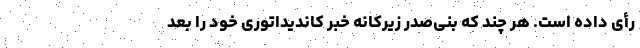
رأی داده است. هر چند که بنی‌صدر زیرکانه خبر کاندیداتوری خود را بعد